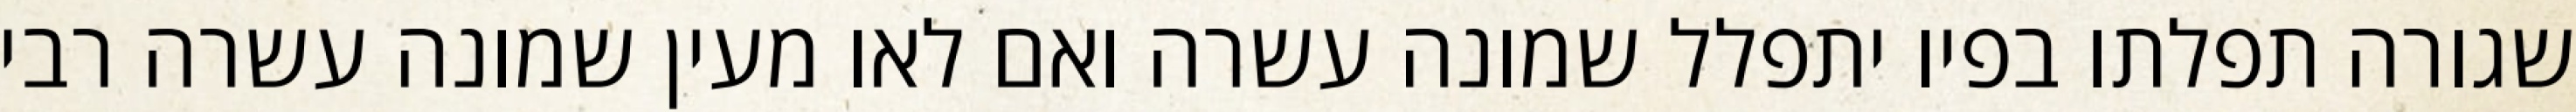
שגורה תפלתו בפיו יתפלל שמונה עשרה ואם לאו מעין שמונה עשרה רבי